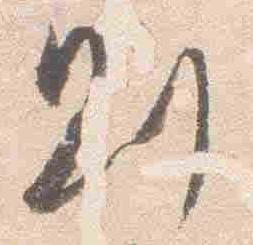
則